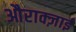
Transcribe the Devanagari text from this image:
औराक्ज़ाई